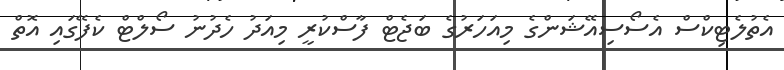
އެތުލެޓިކްސް އެސޯސިއޭޝަންގެ މިއަހަރުގެ ބަޖެޓް ފާސްކުރީ މިއަދު ހެދުނު ސޯލްޓް ކެފޭގައި އޮތް